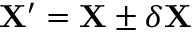
\mathbf { X } ^ { \prime } = \mathbf { X } \pm \delta \mathbf { X }